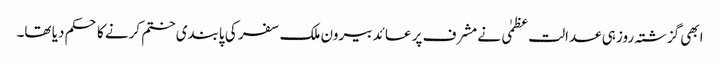
ابھی گزشتہ روز ہی عدالت عظمٰی نے مشرف پر عائد بیرون ملک سفر کی پابندی ختم کرنے کا حکم دیا تھا۔